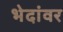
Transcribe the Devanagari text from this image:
भेदांवर